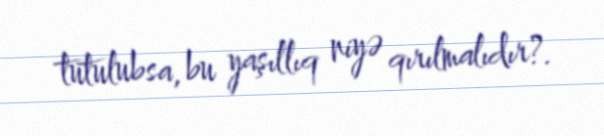
tutulubsa, bu yaşıllıq niyə qırılmalıdır?.